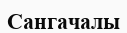
Сангачалы